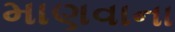
માણવાના